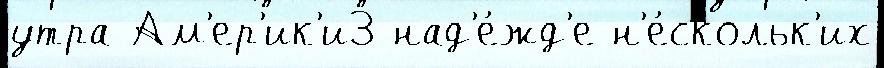
утра Ам'ер'ик'и3 над'е́жд'е н'е́скольк'их